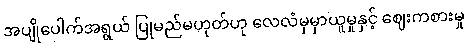
အပျိုပေါက်အရွယ် ပြုမည်မဟုတ်ဟု လေလံမှမှာယူမှုနှင့် ဈေးကစားမှု